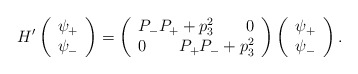
\begin{align*}H^{\prime }\left( \begin{array}{c}\psi _{+} \\ \psi _{-} \end{array}\right) =\left( \begin{array}{c}P_{-}P_{+}+p_3^2\qquad 0 \\ 0\qquad P_{+}P_{-}+p_3^2 \end{array}\right) \left( \begin{array}{c}\psi _{+} \\ \psi _{-} \end{array}\right) .\end{align*}